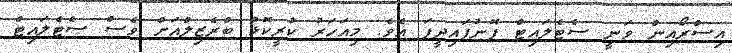
އިސްރޯއިން ވަނީ ސެޓެލައިޓް ފޮނުފައިދީފަ އެވެ. މިއަހަރު ކުރީކޮޅު ބްރެޒިލްއަށް ވެސް ސެޓެލައިޓް